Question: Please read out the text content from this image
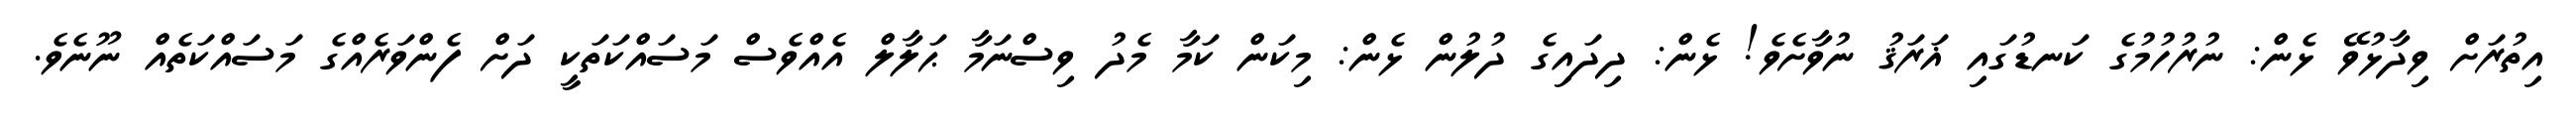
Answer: އިތުރަށް ވިދާޅުވޭ ޅެން: ނުރުހުމުގެ ކަނޑުގައި ޣަރަޤު ނުވާށެވެ! ޅެން: ދިދައިގެ ދުލުން ޅެން: މިކަން ކަމާ މެދު ވިސްނަމާ ޙަލާލް އެއްވެސް މަސައްކަތަކީ ދަށް ފެންވަރެއްގެ މަސައްކަތެއް ނޫނެވެ.